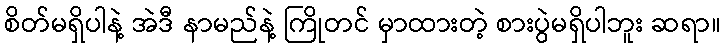
စိတ်မရှိပါနဲ့ အဲဒီ နာမည်နဲ့ ကြိုတင် မှာထားတဲ့ စားပွဲမရှိပါဘူး ဆရာ။